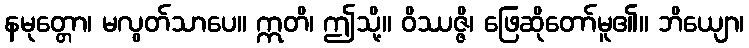
နမုတ္တော၊ မလွတ်သာပေ။ ဣတိ၊ ဤသို့။ ဝိဿဇ္ဇိ၊ ဖြေဆိုတော်မူ၏။ ဘိယျော၊